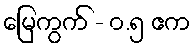
မြေကွက် - ၀.၅ ဧက